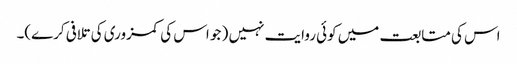
اس کی متابعت میں کوئی روایت نہیں ( جو اس کی کمزوری کی تلافی کرے)۔